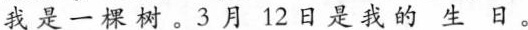
我是一棵树。3月12日是我的生日。